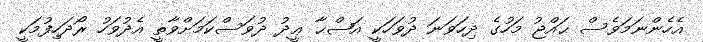
އެހެންނަމަވެސް ޙައްޖު މަހުގެ ދިހަވަނަ ދުވަހަކީ އަޟްޙާ ޢީދު ދުވަސްކަމަށްވާތީ އެދުވަހު ރޯދަހިފުމަކީ